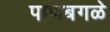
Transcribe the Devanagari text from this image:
पाणबगळे